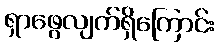
ရှာဖွေလျက်ရှိကြောင်း